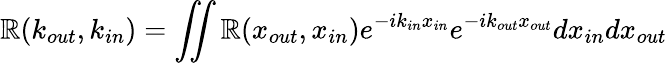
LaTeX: \mathbb{R}(k_{out},k_{in})=\iint{\mathbb{R}(x_{out},x_{in})e^{-ik_{in}x_{in}}e^{-ik_{out}x_{out}}dx_{in}dx_{out}}